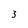
Character: 3